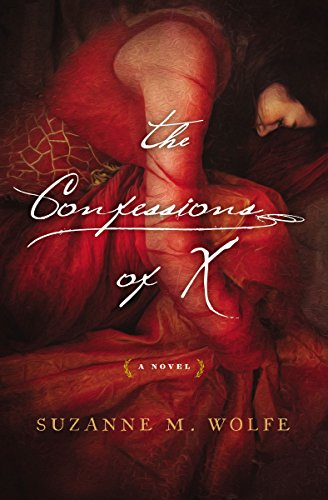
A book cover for The Confessions of X; Suzanne M. Wolfe; Romance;